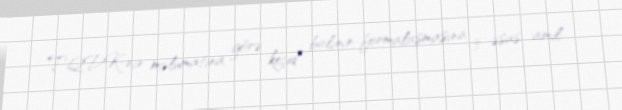
TQDK-nın məlumatına görə keçid balının formalaşmasına 3 əsas amil -